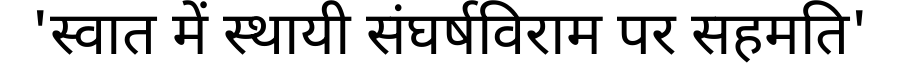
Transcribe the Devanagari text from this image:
'स्वात में स्थायी संघर्षविराम पर सहमति'